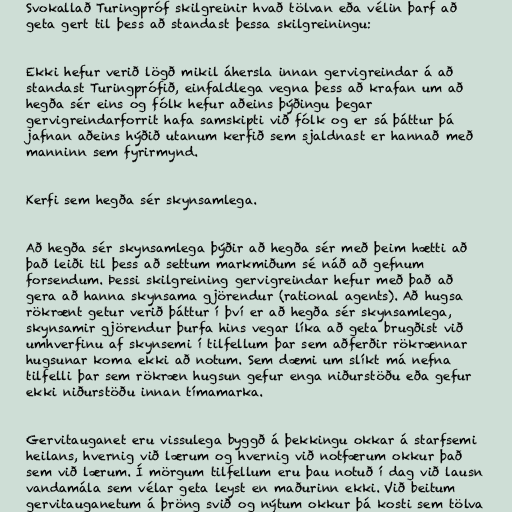
Svokallað Turingpróf skilgreinir hvað tölvan eða vélin þarf að
geta gert til þess að standast þessa skilgreiningu:

Ekki hefur verið lögð mikil áhersla innan gervigreindar á að
standast Turingprófið, einfaldlega vegna þess að krafan um að
hegða sér eins og fólk hefur aðeins þýðingu þegar
gervigreindarforrit hafa samskipti við fólk og er sá þáttur þá
jafnan aðeins hýðið utanum kerfið sem sjaldnast er hannað með
manninn sem fyrirmynd.

Kerfi sem hegða sér skynsamlega.

Að hegða sér skynsamlega þýðir að hegða sér með þeim hætti að
það leiði til þess að settum markmiðum sé náð að gefnum
forsendum. Þessi skilgreining gervigreindar hefur með það að
gera að hanna skynsama gjörendur (rational agents). Að hugsa
rökrænt getur verið þáttur í því er að hegða sér skynsamlega,
skynsamir gjörendur þurfa hins vegar líka að geta brugðist við
umhverfinu af skynsemi í tilfellum þar sem aðferðir rökrænnar
hugsunar koma ekki að notum. Sem dæmi um slíkt má nefna
tilfelli þar sem rökræn hugsun gefur enga niðurstöðu eða gefur
ekki niðurstöðu innan tímamarka.

Gervitauganet eru vissulega byggð á þekkingu okkar á starfsemi
heilans, hvernig við lærum og hvernig við notfærum okkur það
sem við lærum. Í mörgum tilfellum eru þau notuð í dag við lausn
vandamála sem vélar geta leyst en maðurinn ekki. Við beitum
gervitauganetum á þröng svið og nýtum okkur þá kosti sem tölva